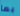
بما